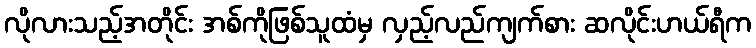
လိုလားသည့်အတိုင်း အစ်ကိုဖြစ်သူထံမှ လှည့်လည်ကျက်စား ဆလိုင်းဟယ်ရီက